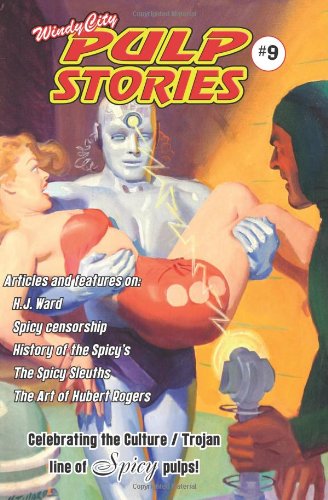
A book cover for Windy City Pulp Stories No.9; Crafts, Hobbies & Home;